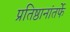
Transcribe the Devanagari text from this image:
प्रतिष्ठानांतर्फे